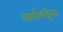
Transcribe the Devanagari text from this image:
आर्यभट्टिया